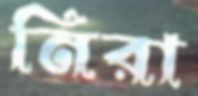
নিরা